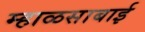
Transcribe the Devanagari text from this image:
म्हाळसाबाई